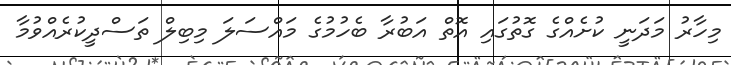
މިހާރު މަދަނީ ކުށެއްގެ ގޮތުގައި އޮތް އަބުރާ ބެހުމުގެ މައްސަލަ މިބިލް ތަސްދީކުރެއްވުމާ